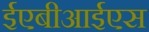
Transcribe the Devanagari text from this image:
ईएबीआईएस